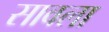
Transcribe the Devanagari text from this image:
सावला